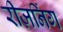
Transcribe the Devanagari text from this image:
रीज़निंग